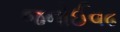
જનોઈવઢ